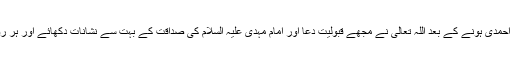
آئیوری کوسٹ سے عمر سنگارے صاحب ہیں، کہتے ہیں کہ احمدی ہونے کے بعد اللہ تعالیٰ نے مجھے قبولیتِ دعا اور امام مہدی علیہ السلام کی صداقت کے بہت سے نشانات دکھائے اور ہر روز دکھا رہا ہے جس سے میرے ایمان میں ترقی ہو رہی ہے۔